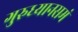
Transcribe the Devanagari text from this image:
गुरुध्यानसमं